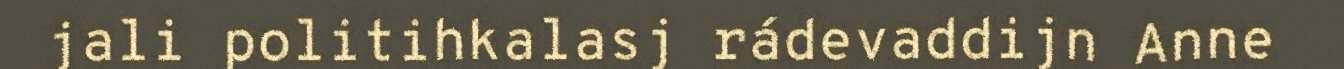
jali politihkalasj rádevaddijn Anne